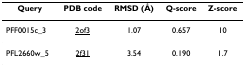
| Query | PDB code | RMSD (Å) | Q-score | Z-score |
 | --- | --- | --- | --- | --- |
 | PFF0015c_3 | 2of3 | 1.07 | 0.657 | 10 |
 | PFL2660w_5 | 2f31 | 3.54 | 0.190 | 1.7 |